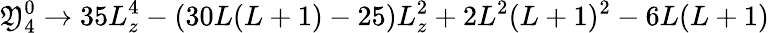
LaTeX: \mathfrak{Y}_{4}^{0}\rightarrow35L_{z}^{4}-(30L(L+1)-25)L_{z}^{2}+2L^{2}(L+1)^{2}-6L(L+1)